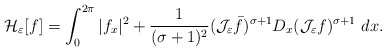
\begin{align*} \mathcal{H}_{\varepsilon}[f]=\int_{0}^{2\pi} |f_{x}|^{2} +\frac{1}{(\sigma+1)^{2}}(\mathcal{J}_{\varepsilon}\bar{f})^{\sigma+1}D_x(\mathcal{J}_{\varepsilon}f)^{\sigma+1}\ dx.\end{align*}